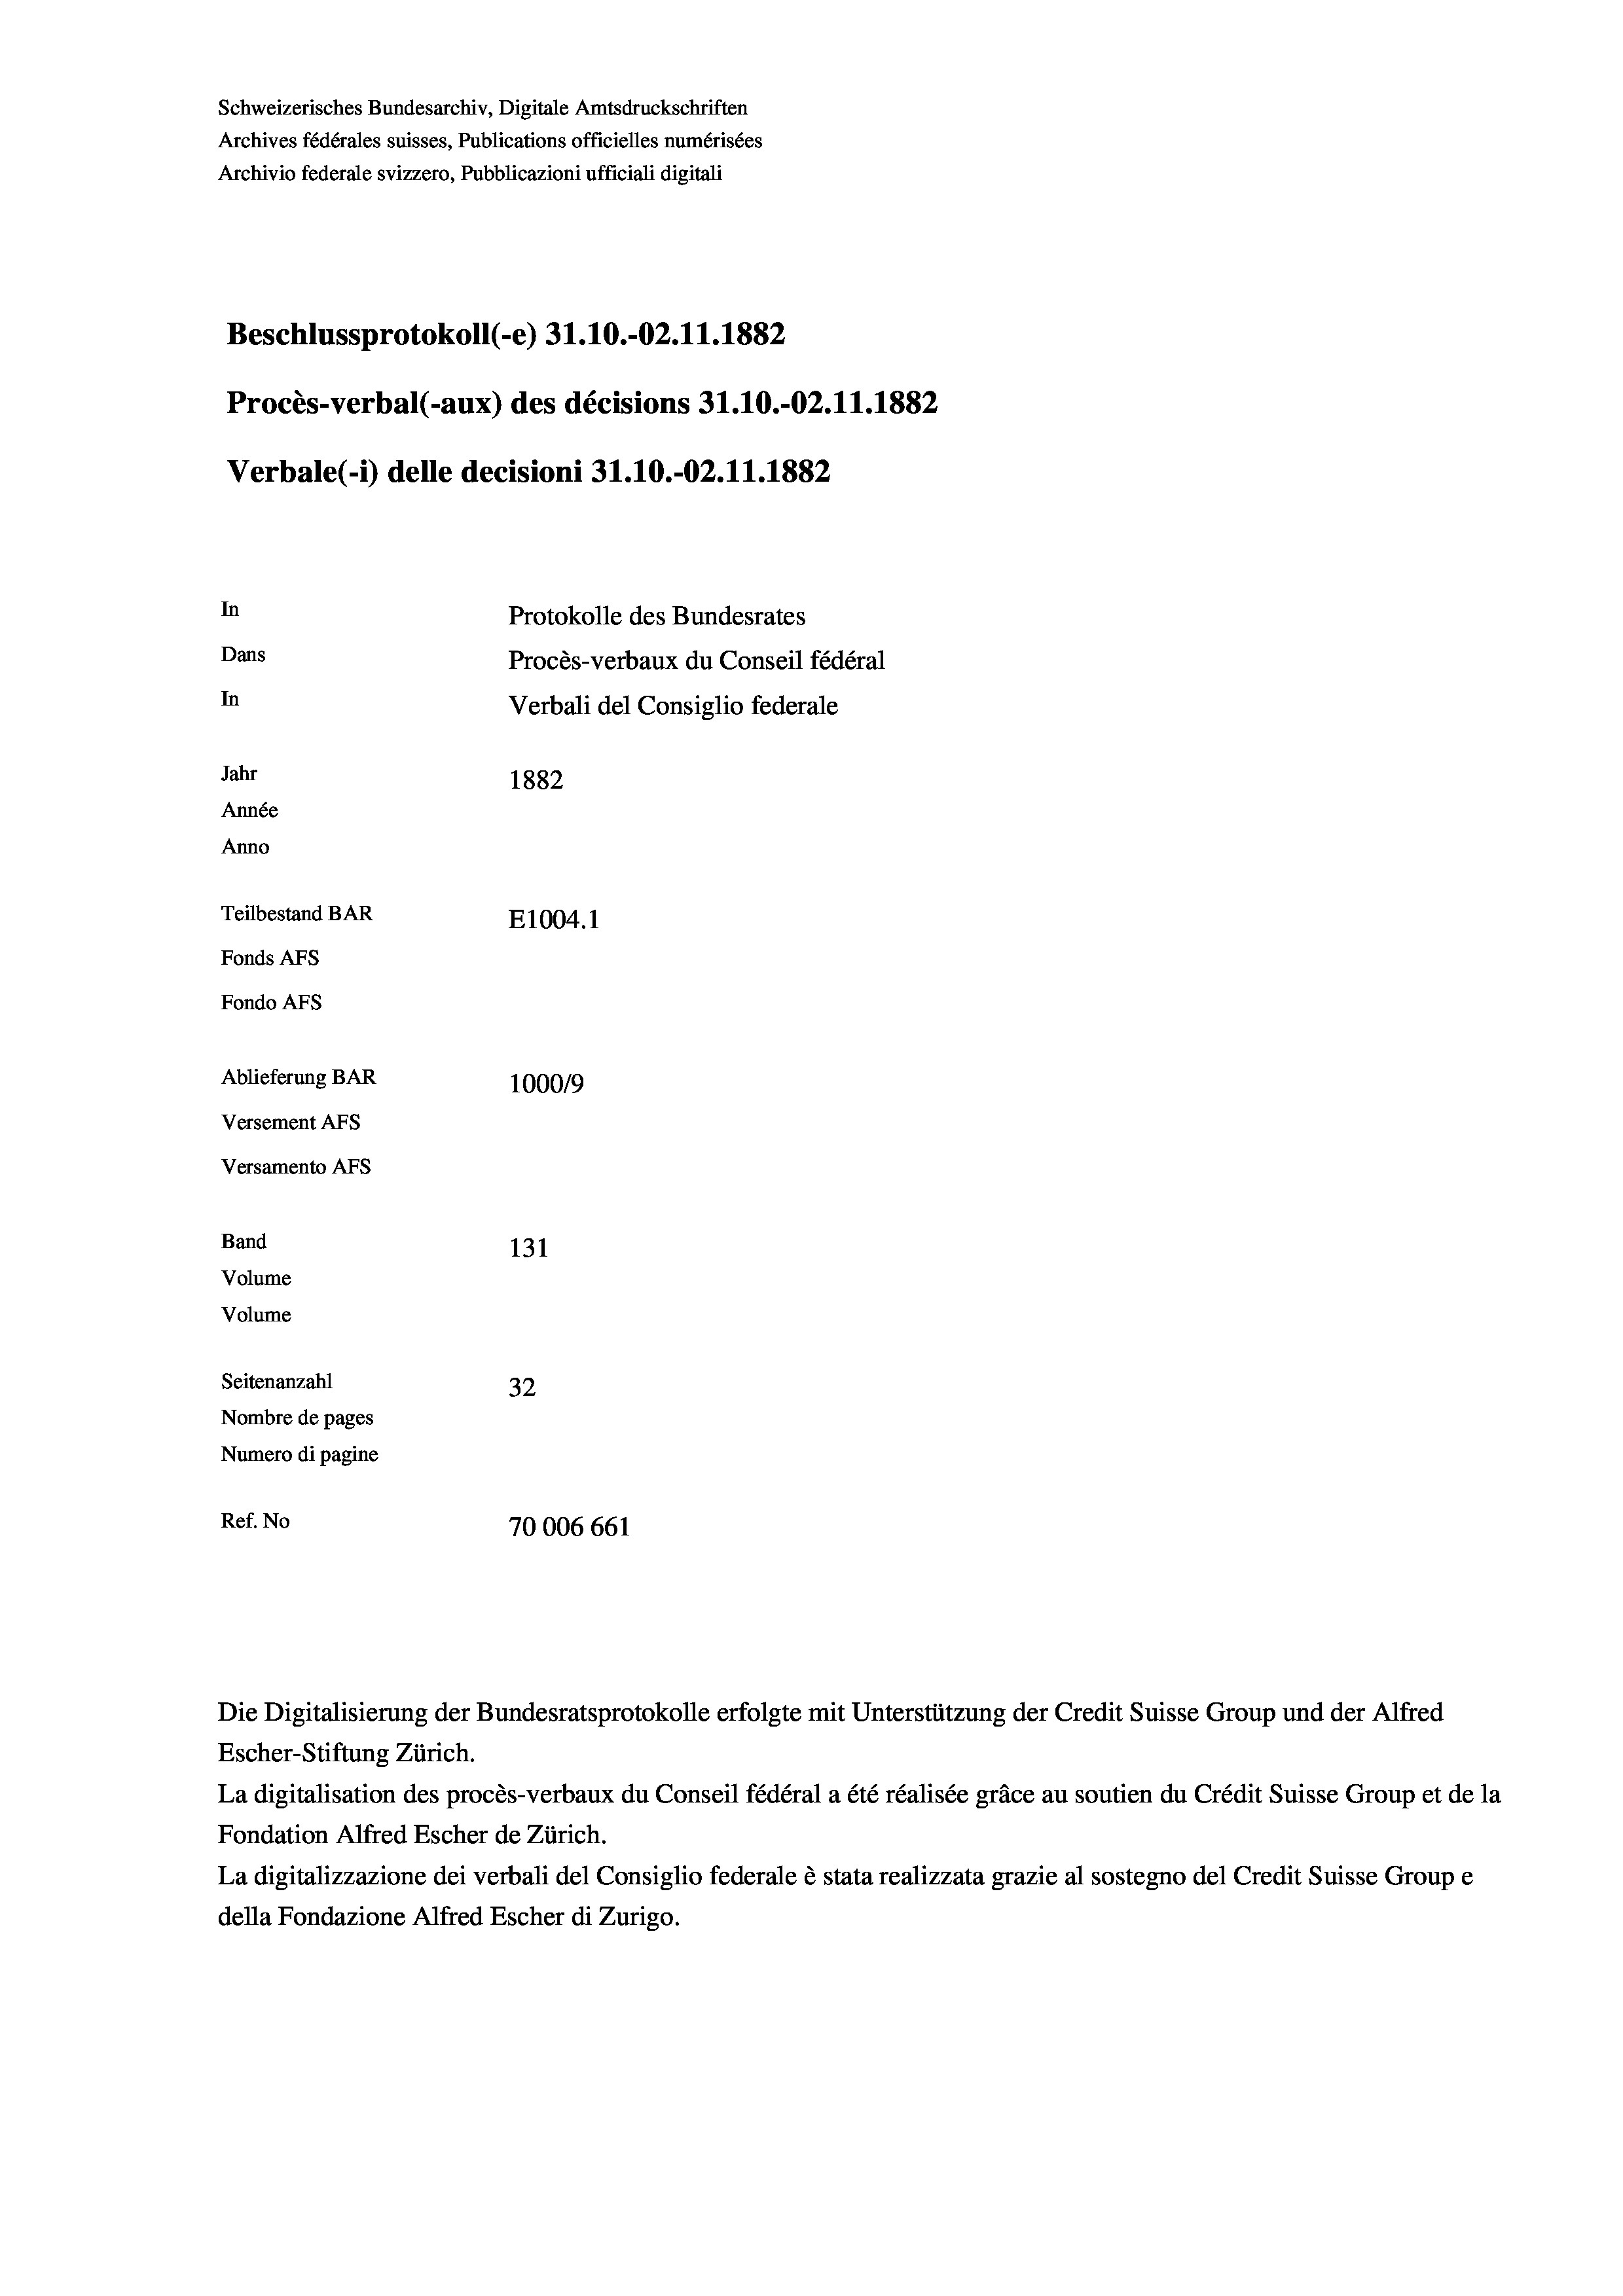
Schweizerisches Bundesarchiv, Digitale Amtsdruckschriften
Archives fédérales suisses, Publications officielles numérisées
Archivio federale svizzero, Pubblicazioni ufficiali digitali
Beschlussprotokoll (e) 31.10.-02. 11. 1882
Procès-verbal (-aux) des décisions 31.10.-O2.11.1882
Verbale (- 1) delle decisioni 31.10.-02. 11. 1882
In
Protokolle des Bundesrates
Dans
Procès-verbaux du Conseil fédéral
In
Verbali del Consiglio federale
Jahr
1882
Année
Anno
Teilbestand BAR
E1004.1
Fonds AFs
Fondo AFS
Ablieferung BAR
100019
Versement AFs
Versamento Afs
Band
131
Volume
Volume
Seitenanzahl
32
Nombre de pages
Numero di pagine
Ref. No
70006 661

Die Digitalisierung der Bundesratsprotokolle erfolgte mit Unterstützung der Credit Suisse Group und der Alfred
Escher-Stiftung Zürich.
La digitalisation des procès-verbaux du Conseil fédéral a été réalisée gräce au soutien du Crédit Suisse Group et de la
Fondation Alfred Escher de Zürich.
La digitalizzazione dei verbali del Consiglio federale è stata realizzata grazie al sostegno del Credit Suisse Groupe
della Fondazione Alfred Escher di Zurigo.